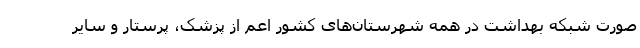
صورت شبکه بهداشت در همه شهرستان‌های کشور اعم از پزشک، پرستار و سایر